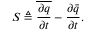
S \triangleq \overline { { \frac { \partial { } q } { \partial { } t } } } - \frac { \partial { } \bar { q } } { \partial { } t } .